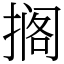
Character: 搁